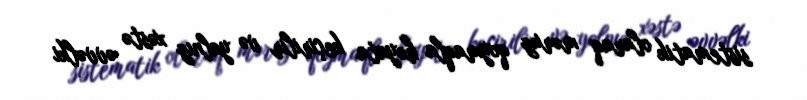
sistematik olaraq məruz qoymaqla həyata keçirilir və yalnız xəstə əvvəlki